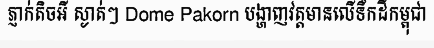
ភ្ញាក់តិចអី ស្ងាត់ៗ Dome Pakorn បង្ហាញវត្តមានលើទឹកដីកម្ពុជា